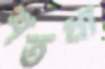
শতধা